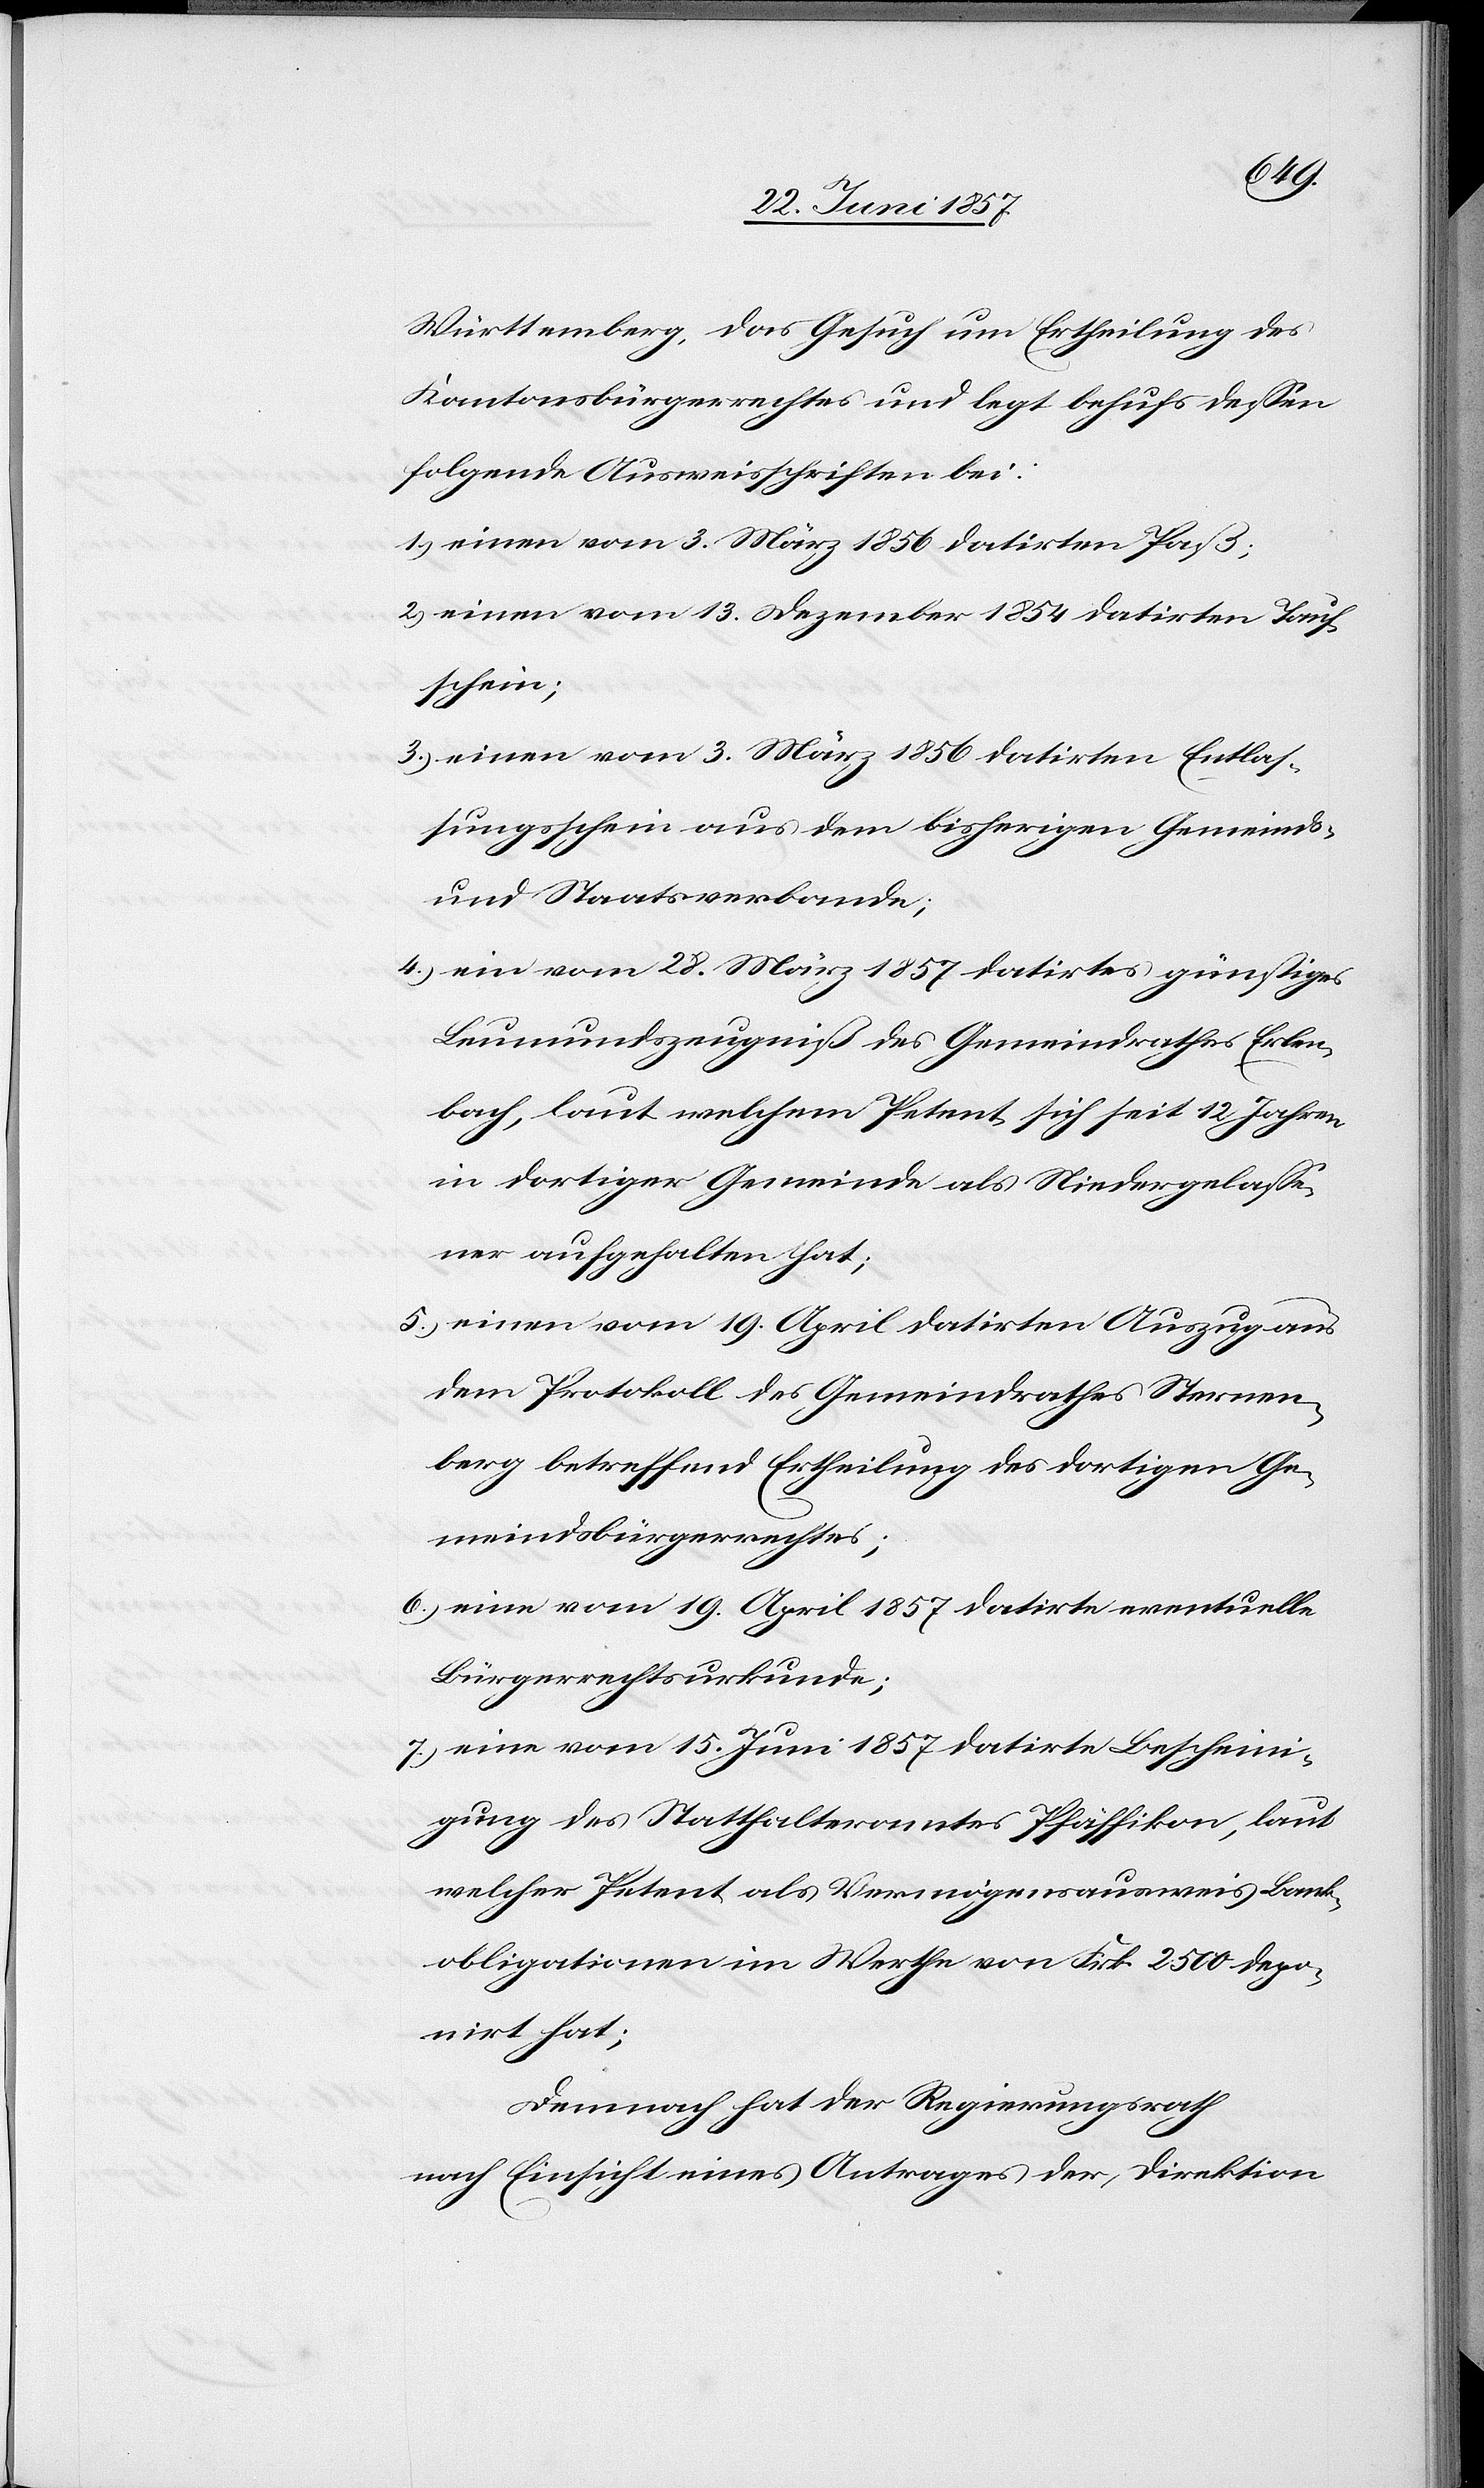
Württemberg, das Gesuch um Ertheilung des
Kantonsbürgerrechtes und legt behufs dessen
folgende Ausweisschriften bei:
1.) einen vom 3 März 1856 datirten Paß;
2.) einen vom 13 Dezember 1854 datirten Tauf¬
schein;
3.) einen vom 3 März 1856 datirten Entlas¬
sungsschein aus dem bisherigen Gemeinds-
und Staatsverbande;
4.) ein vom 28 März 1857 datirtes günstiges
Leumundszeugniß des Gemeindrathes Erlen¬
bach, laut welchem Petent sich seit 12 Jahren
in dortiger Gemeinde als Niedergelasse¬
ner aufgehalten hat;
5.) einen vom 19 April datirten Auszug aus
dem Protokoll des Gemeindrathes Sternen¬
berg betreffend Ertheilung des dortigen Ge¬
meindsbürgerrechtes;
6.) eine vom 19 April 1857 datirte eventuelle
Bürgerrechtsurkunde;
7.) eine vom 15 Juni 1857 datirte Bescheini¬
gung des Statthalteramtes Pfäffikon, laut
welcher Petent als Vermögensausweis Bank¬
obligationen im Werthe von Frk. 2 500 depo¬
nirt hat;
Demnach hat der Regierungsrath
nach Einsicht eines Antrages der, Direktion